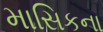
માસિકના